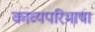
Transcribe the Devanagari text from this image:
काव्यपरिभाषा